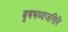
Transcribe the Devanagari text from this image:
बृषभध्वजगिरि